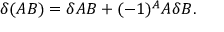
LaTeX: \delta ( A B ) = \delta A B + ( - 1 ) ^ { A } A \delta B .